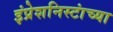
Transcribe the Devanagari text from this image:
इंप्रेशनिस्टांच्या